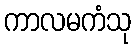
ကာလမကံသု